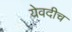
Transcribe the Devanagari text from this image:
येवदीच